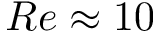
R e \approx 1 0